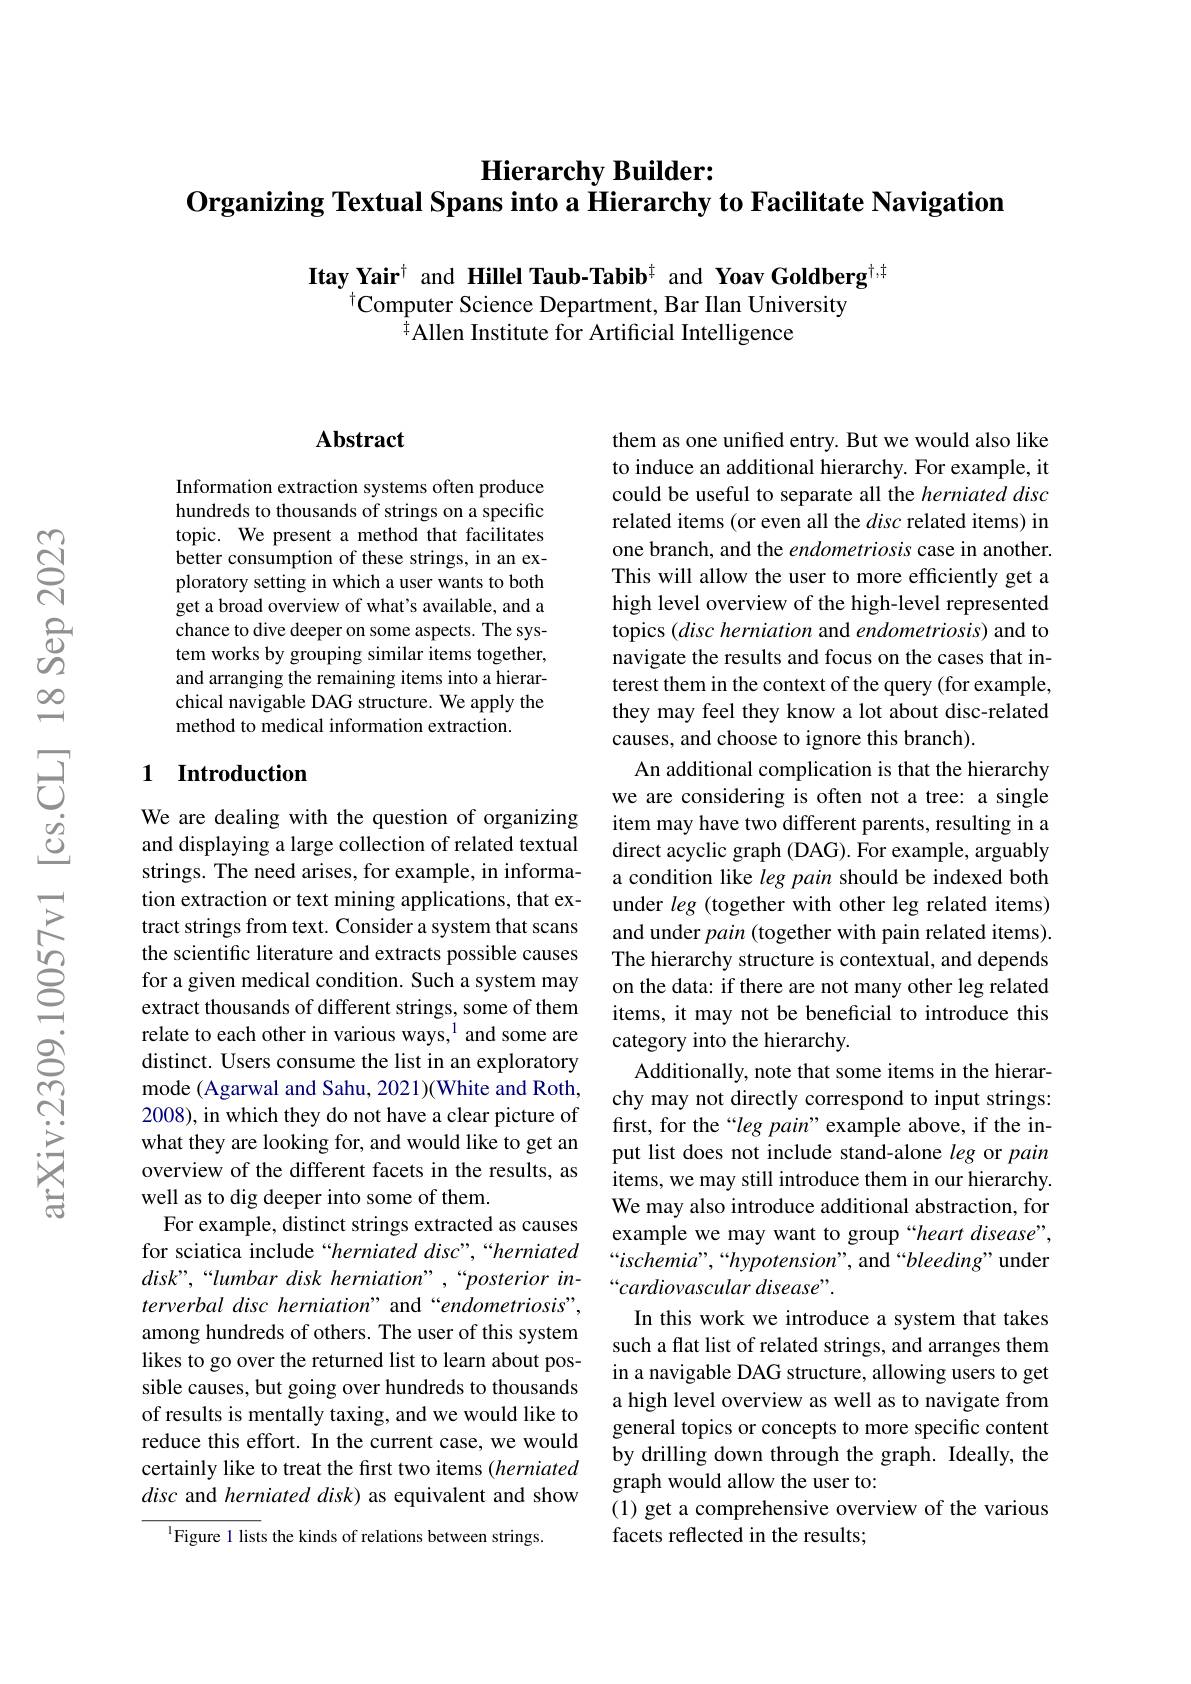
### Hierarchy Builder:
$\textbf{Organizing Textual Spans into a Hierarchy to Facilitate Navigation}$

Itay Yair$^{\dagger}$ and Hillel Taub-Tabib$^{\ddagger}$ and Yoav Goldberg$^{\dagger,\ddagger}$
$^{\dagger}$Computer Science Department, Bar Ilan University
Allen Institute for Artificial Intelligence

## $\mathbf{Abstract}$

Information extraction systems often produce hundreds to thousands of strings on a specific topic. We present a method that facilitates better consumption of these strings, in an exploratory setting in which a user wants to both get a broad overview of what's available, and a chance to dive deeper on some aspects. The system works by grouping similar items together, and arranging the remaining items into a hierarchical navigable DAG structure. We apply the method to medical information extraction.

### 1 Introduction

We are dealing with the question of organizing and displaying a large collection of related textual strings. The need arises, for example, in information extraction or text mining applications, that extract strings from text. Consider a system that scans the scientific literature and extracts possible causes for a given medical condition. Such a system may extract thousands of different strings, some of them relate to each other in various ways,$^{1}$ and some are distinct. Users consume the list in an exploratory mode (Agarwal and Sahu, 2021)(White and Roth, 2008), in which they do not have a clear picture of what they are looking for, and would like to get an overview of the different facets in the results, as well as to dig deeper into some of them.
For example, distinct strings extracted as causes for sciatica include“herniated disc”,“herniated disk",“lumbar disk herniation”,“posterior interverbal disc herniation" and “endometriosis”, among hundreds of others. The user of this system likes to go over the returned list to learn about possible causes, but going over hundreds to thousands of results is mentally taxing, and we would like to reduce this effort. In the current case, we would certainly like to treat the first two items (herniated disc and herniated disk) as equivalent and show
$^{1}$Figure 1 lists the kinds of relations between strings.

them as one unified entry. But we would also like to induce an additional hierarchy. For example, it could be useful to separate all the herniated disc related items (or even all the disc related items) in one branch, and the endometriosis case in another This will allow the user to more efficiently get a high level overview of the high-level represented topics (disc herniation and endometriosis) and to navigate the results and focus on the cases that interest them in the context of the query (for example, they may feel they know a lot about disc-related causes, and choose to ignore this branch).
An additional complication is that the hierarchy we are considering is often not a tree: a single item may have two different parents, resulting in a direct acyclic graph (DAG). For example, arguably a condition like leg pain should be indexed both under leg (together with other leg related items) and under pain (together with pain related items). The hierarchy structure is contextual, and depends on the data: if there are not many other leg related items, it may not be beneficial to introduce this category into the hierarchy.
Additionally, note that some items in the hierarchy may not directly correspond to input strings: first, for the “leg pain”example above, if the input list does not include stand-alone leg or pain items, we may still introduce them in our hierarchy. We may also introduce additional abstraction, for example we may want to group“heart disease”, “ischemia”,“hypotension”, and“bleeding” under “cardiovascular disease”.
In this work we introduce a system that takes such a flat list of related strings, and arranges them in a navigable DAG structure, allowing users to get a high level overview as well as to navigate from general topics or concepts to more specific content by drilling down through the graph. Ideally, the graph would allow the user to:
(1) get a comprehensive overview of the various
facets reflected in the results;